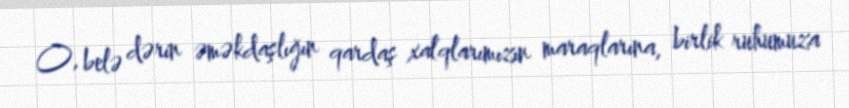
O, belə dərin əməkdaşlığın qardaş xalqlarımızın maraqlarına, birlik ruhumuza